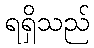
ရရှိသည်